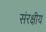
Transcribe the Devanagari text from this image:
संरक्षीय